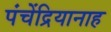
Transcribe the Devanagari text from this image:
पंचेंद्रियानाह